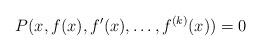
LaTeX: \begin{align*}P(x, f(x), f'(x), \ldots, f^{(k)}(x)) = 0\end{align*}